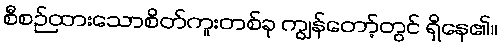
စီစဉ်ထားသောစိတ်ကူးတစ်ခု ကျွန်တော့်တွင် ရှိနေ၏။